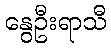
နွေဦးရာသီ